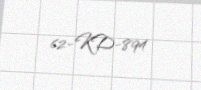
62-KD-894